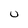
Character: U